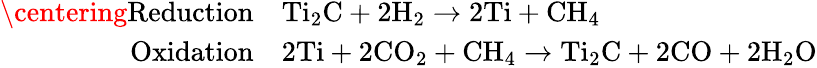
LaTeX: \begin{array}{rl}{\centering\mathrm{Reduction}}&{\mathrm{Ti_{2}C}+\mathrm{2H_{2}}\rightarrow\mathrm{2Ti}+\mathrm{CH_{4}}}\\ {\mathrm{Oxidation}}&{\mathrm{2Ti}+\mathrm{2CO_{2}}+\mathrm{CH_{4}}\rightarrow\mathrm{Ti_{2}C}+\mathrm{2CO}+\mathrm{2H_{2}O}}\end{array}